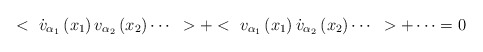
\begin{align*}<~\dot{v}_{\alpha_{1}}\left( x_{1} \right)v_{\alpha_{2}}\left( x_{2}\right)\cdots~>+<~v_{\alpha_{1}}\left( x_{1} \right)\dot{v}_{\alpha_{2}}\left(x_{2} \right)\cdots~>+\cdots=0\end{align*}